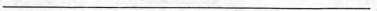
___